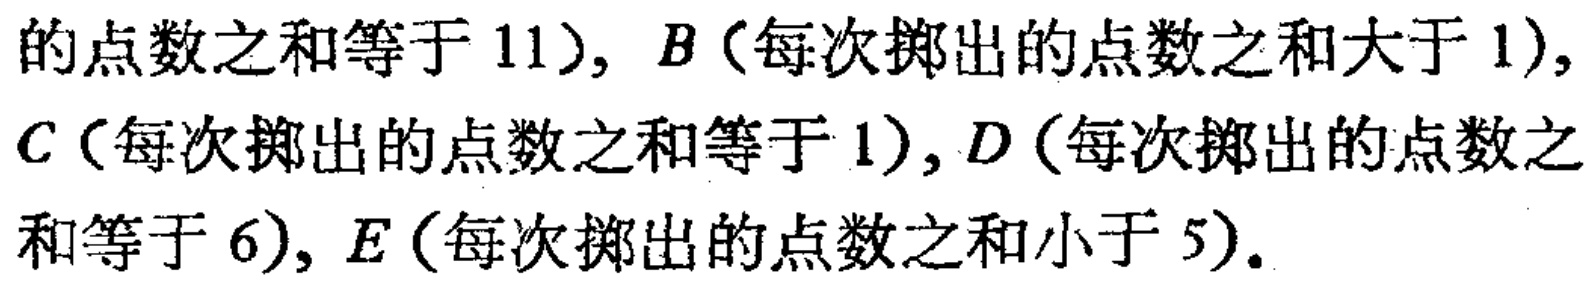
的点数之和等于 11), \(B\)（每次掷出的点数之和大于 1), \(C\)（每次掷出的点数之和等于 1), \(D\)（每次掷出的点数之和等于 6), \(E\)（每次掷出的点数之和小于 5).